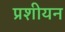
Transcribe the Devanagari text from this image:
प्रशीयन